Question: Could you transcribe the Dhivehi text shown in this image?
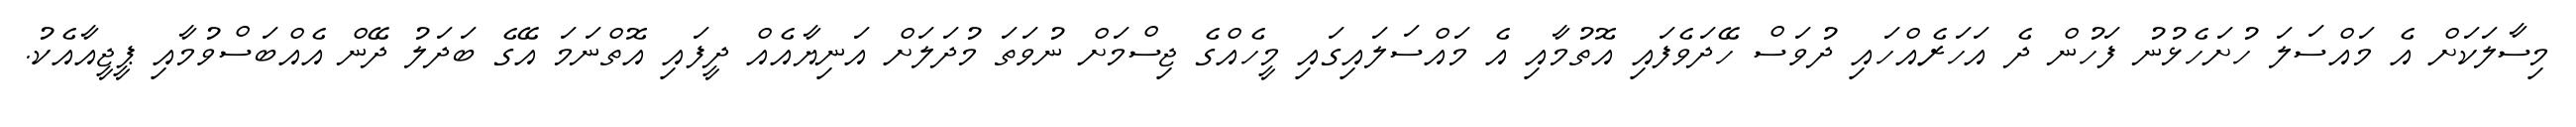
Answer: މިސާލަކަށް އެ މައްސަލަ ހުށަހެޅުނު ފަހުން ދެ އަހަރެއްހައި ދުވަސް ހޭދަވެފައި އޮތުމާއި އެ މައްސަލައިގައި މީހެއްގެ ޖިސްމަށް ނުވަތަ މުދަލަށް އަނިޔާއެއް ދީފައި އޮތްނަމަ އޭގެ ބަދަލު ދޭން އެއްބަސްވުމާއި ޕީޖީއާއެކު.